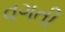
વગતી